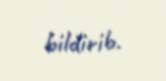
bildirib.